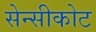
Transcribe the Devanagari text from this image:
सेन्सीकोट